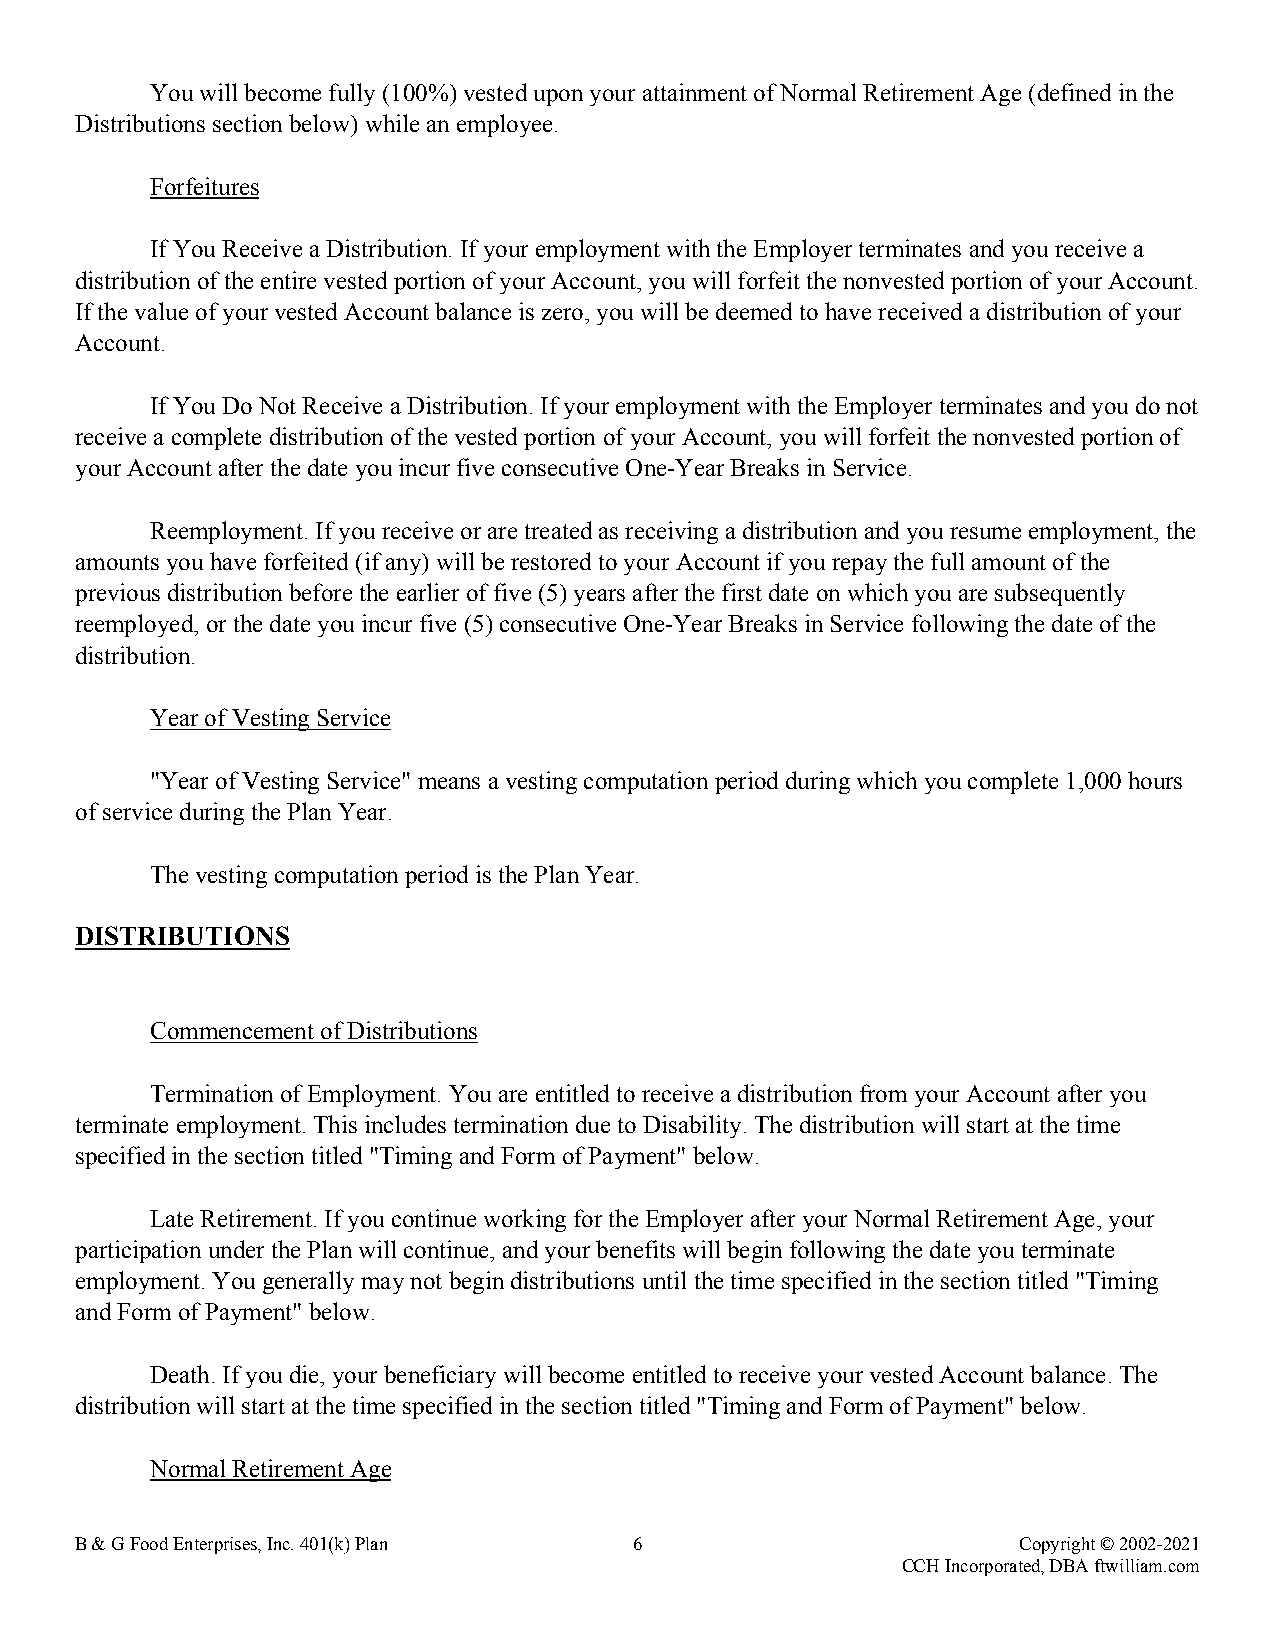
You will become fully (100%) vested upon your attainment of Normal Retirement Age (defined in the
 Distributions section below) while an employee.
 Forfeitures
 If You Receive a Distribution. If your employment with the Employer terminates and you receive a
 distribution of the entire vested portion of your Account, you will forfeit the nonvested portion of your Account.
 If the value of your vested Account balance is zero, you will be deemed to have received a distribution of your
 Account.
 If You Do Not Receive a Distribution. If your employment with the Employer terminates and you do not
 receive a complete distribution of the vested portion of your Account, you will forfeit the nonvested portion of
 your Account after the date you incur five consecutive One-Year Breaks in Service.
 Reemployment. If you receive or are treated as receiving a distribution and you resume employment, the
 amounts you have forfeited (if any) will be restored to your Account if you repay the full amount of the
 previous distribution before the earlier of five (5) years after the first date on which you are subsequently
 reemployed, or the date you incur five (5) consecutive One-Year Breaks in Service following the date of the
 distribution.
 Year of Vesting Service
 "Year of Vesting Service" means a vesting computation period during which you complete 1,000 hours
 of service during the Plan Year.
 The vesting computation period is the Plan Year.
 DISTRIBUTIONS
 Commencement of Distributions
 Termination of Employment. You are entitled to receive a distribution from your Account after you
 terminate employment. This includes termination due to Disability. The distribution will start at the time
 specified in the section titled "Timing and Form of Payment" below.
 Late Retirement. If you continue working for the Employer after your Normal Retirement Age, your
 participation under the Plan will continue, and your benefits will begin following the date you terminate
 employment. You generally may not begin distributions until the time specified in the section titled "Timing
 and Form of Payment" below.
 Death. If you die, your beneficiary will become entitled to receive your vested Account balance. The
 distribution will start at the time specified in the section titled "Timing and Form of Payment" below.
 Normal Retirement Age
 B & G Food Enterprises, Inc. 401(k) Plan 6                    Copyright © 2002-2021
 CCH Incorporated, DBA ftwilliam.com